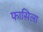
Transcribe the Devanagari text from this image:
फासिला